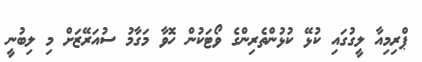
ޕްރިމިއާ ލީގުގައި ކުޅޭ ކުޅުންތެރިންގެ ވޯޓަކުން ހޮވާ މަގާމު ސުއަރޭޒަށް މި ލިބުނީ